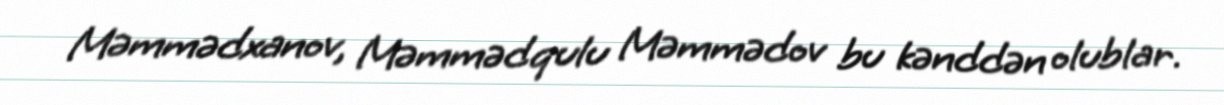
Məmmədxanov, Məmmədqulu Məmmədov bu kənddən olublar.